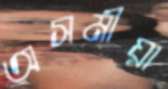
অসমীয়া